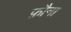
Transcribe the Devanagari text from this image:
फ़ौना